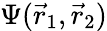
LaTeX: \Psi(\vec{r}_{1},\vec{r}_{2})